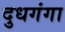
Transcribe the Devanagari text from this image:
दुधगंगा